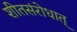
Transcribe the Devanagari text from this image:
शीतसंरोधात्